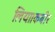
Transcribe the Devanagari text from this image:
लिया।कबीर